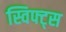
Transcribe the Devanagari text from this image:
स्विफ्ट्स